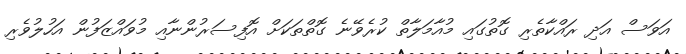
އަވަސް އަދި ރައްކާތެރި ގޮތުގައި މުއާމަލާތް ކުރެވޭނެ ގޮތްތަކަށް އޮފިސަރުންނާއި މުވައްޒަފުން އަހުލުވެރި